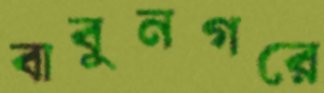
বাবুনগরে